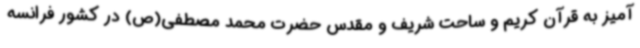
آمیز به قرآن کریم و ساحت شریف و مقدس حضرت محمد مصطفی(ص) در کشور فرانسه